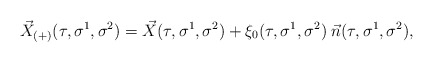
\begin{align*}\vec{X}_{(+)}(\tau, \sigma^1, \sigma^2) = \vec{X}(\tau, \sigma^1,\sigma^2) + \xi_{0}(\tau, \sigma^1, \sigma^2) \; \vec{n}(\tau, \sigma^1, \sigma^2),\end{align*}